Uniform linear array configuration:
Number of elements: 12
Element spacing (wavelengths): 0.25
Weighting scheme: uniform
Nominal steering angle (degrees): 60
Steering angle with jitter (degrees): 58.398
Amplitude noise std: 0.05
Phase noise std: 0.05

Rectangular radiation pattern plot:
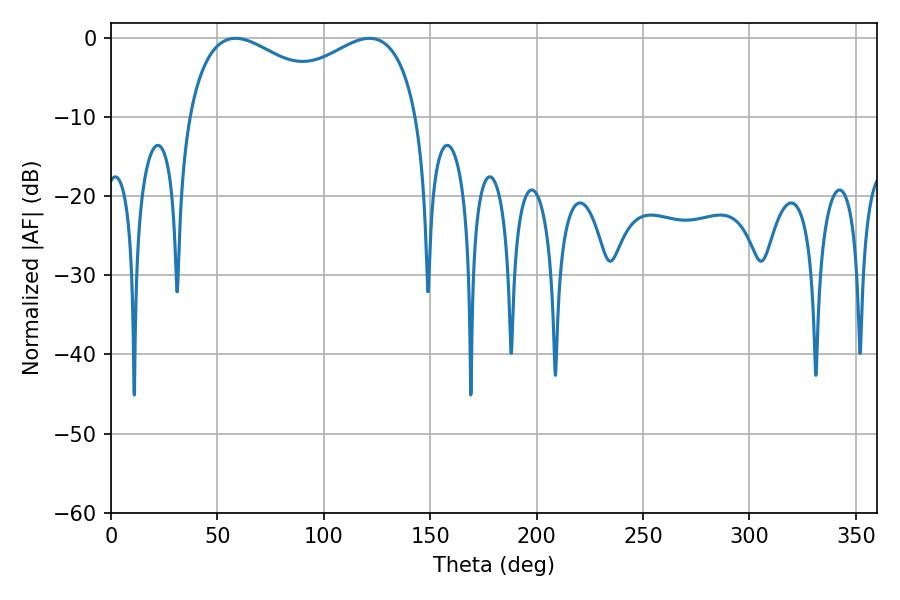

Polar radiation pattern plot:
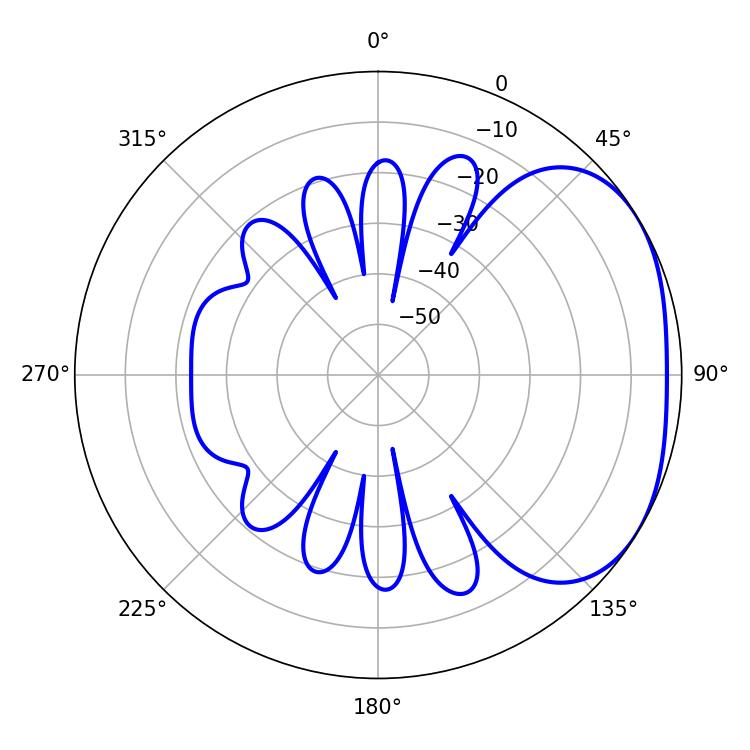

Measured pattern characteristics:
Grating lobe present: FALSE
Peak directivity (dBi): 2.545
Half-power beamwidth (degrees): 90.36
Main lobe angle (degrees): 58.5